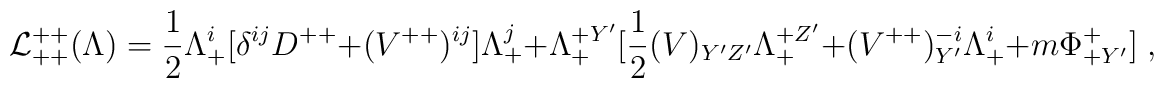
{\cal L}^{++}_{++}(\Lambda) = {1\over 2}\Lambda^i_+[\delta^{ij} D^{++} + (V^{++})^{ij}]\Lambda^j_+  + \Lambda^{+Y'}_+[{1\over 2}(V)_{Y'Z'} \Lambda^{+Z'}_+ +(V^{++})^{-i}_{Y'} \Lambda^{i}_+ + m\Phi^+_{+Y'}]\; ,